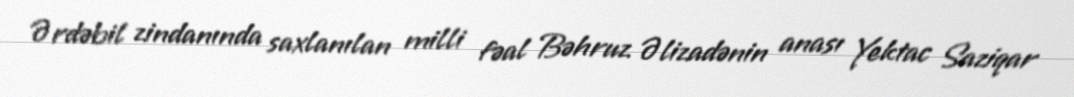
Ərdəbil zindanında saxlanılan milli fəal Bəhruz Əlizadənin anası Yektac Saziqar